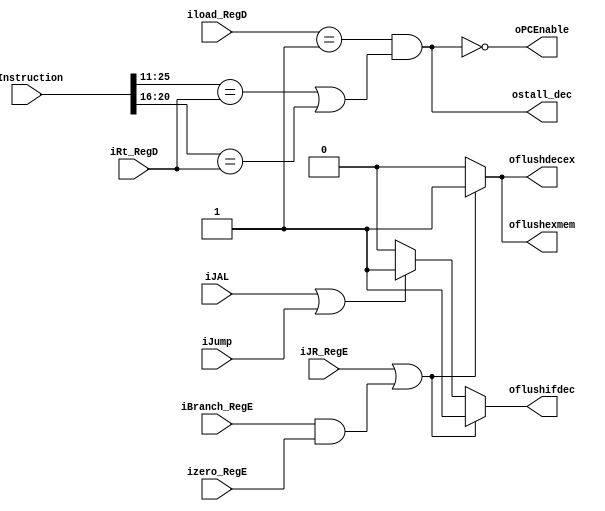
module hazardDetect(
//i/p
    iRt_RegD,
    iload_RegD,
    iInstruction,
    
    iJump,
    iJR_RegE,
    iJAL,
    izero_RegE,
    iBranch_RegE,
    
    //FU_ASel,
    //FU_BSel,
//o/p
    ostall_dec,//LOADUSEDATAHAZARD
    oPCEnable,
    oflushifdec,//CONTROLHAZARD
    oflushdecex,
    oflushexmem
);

input           iJump;
input           iJR_RegE;
input [4:0]     iRt_RegD;
input [1:0]     iload_RegD;
input           iJAL;
input [31:0]    iInstruction;
input           izero_RegE;
input           iBranch_RegE;

output reg      ostall_dec;
output reg      oflushexmem;
output reg      oflushifdec;
output reg      oflushdecex;
output reg      oPCEnable;

wire forward2, stall, beq_secc;

assign forward2 = ( iInstruction[25:11] == iRt_RegD || iInstruction[20:16] == iRt_RegD );
assign stall = ((iload_RegD == 2'b01) && forward2);
assign beq_secc = iBranch_RegE & izero_RegE;

always@ (*) begin//D
    oPCEnable = ~stall;
    ostall_dec = stall;
end

always@ (*) begin//C

    oflushifdec = 0;
    oflushdecex = 0;
    oflushexmem = 0;

    if(iJR_RegE | beq_secc) begin
        oflushifdec = 1;
        oflushdecex = 1;
        oflushexmem = 1;
    end
    // if(beq_secc) begin
    //     oflushifdec = 1;
    //     oflushdecex = 1;
    //     oflushexmem = 1;
    // end
    else if(iJAL|iJump) begin
        oflushifdec = 1;
        // oflushdecex = 1;        
    end
end

endmodule // hazardDetect